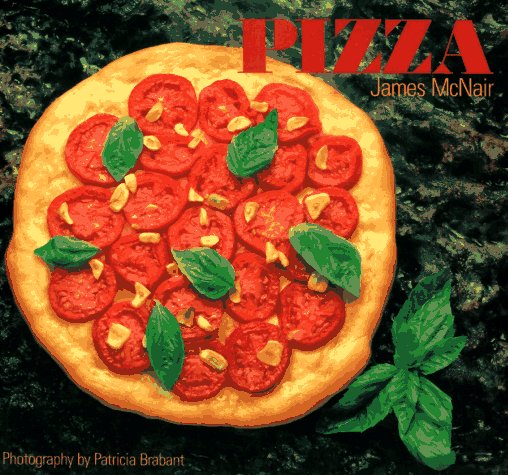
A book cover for James McNair's Pizza; James McNair; Cookbooks, Food & Wine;